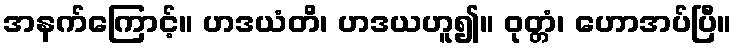
အနက်ကြောင့်။ ဟဒယံတိ၊ ဟဒယဟူ၍။ ဝုတ္တံ၊ ဟောအပ်ပြီ။